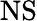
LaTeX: \mathrm{NS}